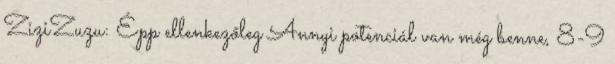
ZiziZuzu: Épp ellenkezőleg Annyi potenciál van még benne, 8-9